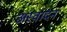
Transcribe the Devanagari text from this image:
अस्वादन